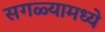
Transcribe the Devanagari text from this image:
सगळ्यामध्ये